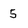
Character: 5